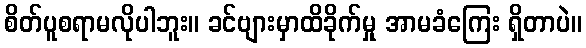
စိတ်ပူစရာမလိုပါဘူး။ ခင်ဗျားမှာထိခိုက်မှု အာမခံကြေး ရှိတာပဲ။